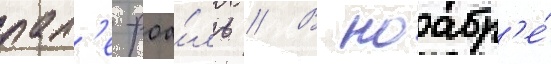
пал'е-роа́ль // В ноабр'е́